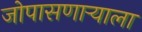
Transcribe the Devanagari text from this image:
जोपासणाऱ्याला